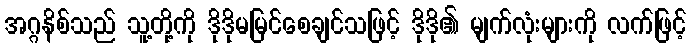
အဂ္ဂနိစ်သည် သူ့တို့ကို ဒိုဒိုမမြင်စေချင်သဖြင့် ဒိုဒို၏ မျက်လုံးများကို လက်ဖြင့်